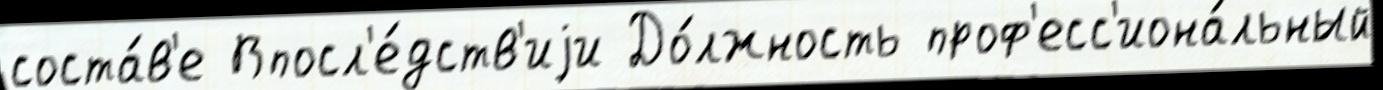
соста́в'е Впосл'е́дств'иjи До́лжность проф'есс'иона́льный